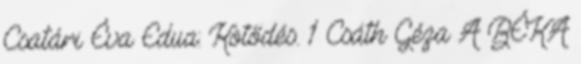
Csatári Éva Edua: Kötődés. 1 Csáth Géza A BÉKA